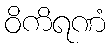
ဝိကိရဏံ